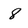
Character: 8